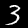
Label: 3